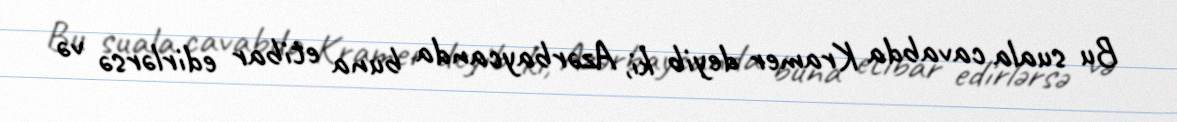
Bu suala cavabda Kramer deyib ki, Azərbaycanda buna etibar edirlərsə və